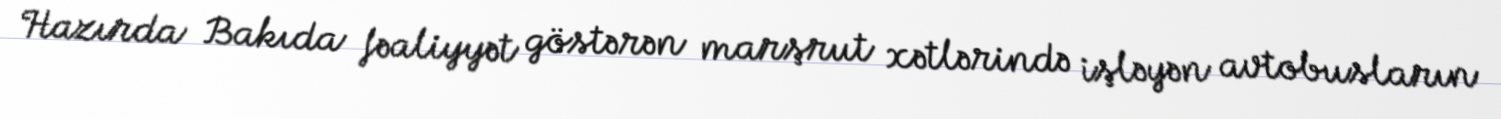
Hazırda Bakıda fəaliyyət göstərən marşrut xətlərində işləyən avtobusların